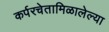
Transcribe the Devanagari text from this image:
कर्परचेतामिळालेल्या